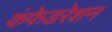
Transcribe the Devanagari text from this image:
कंफेडरेशन